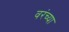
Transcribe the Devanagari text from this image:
वरंच्या